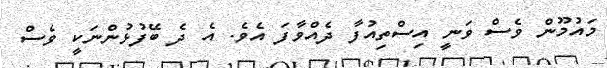
މައުމޫން ވެސް ވަނީ އިސްތިއުފާ ދެއްވާފަ އެވެ. އެ ދެ ބޭފުޅުންނަކީ ވެސް